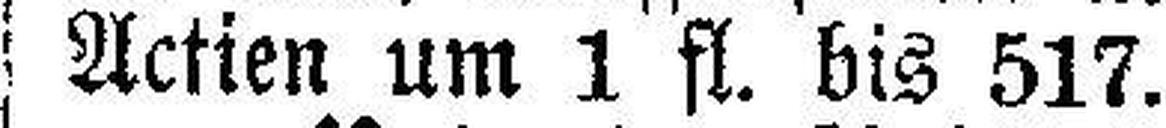
Actien um 1 fl. bis 517.